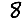
Digit: 8